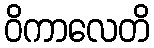
ဝိကာလေတိ